Scottish Certificate of Education, 1962
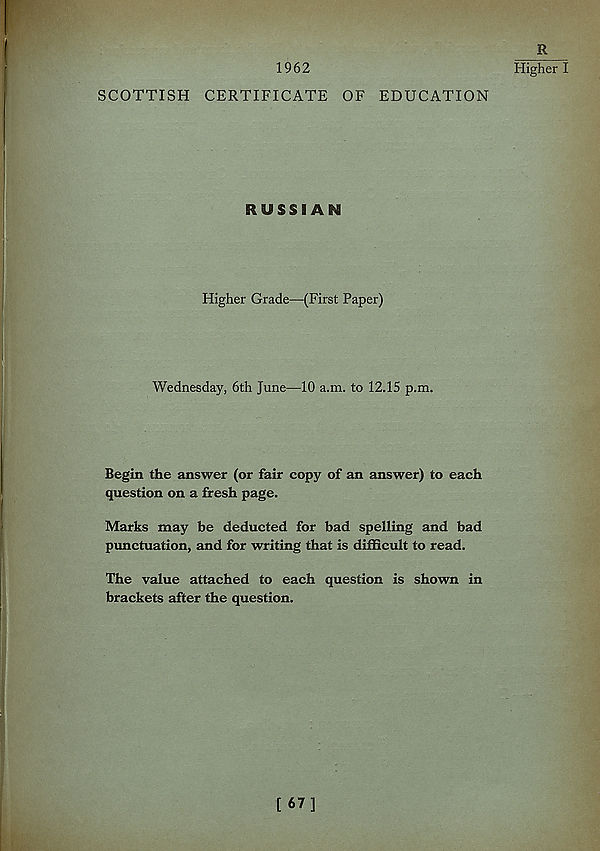
1962
SCOTTISH CERTIFICATE OF EDUCATION
RUSSIAN
Higher Grade—-(First Paper)
Wednesday, 6th June—10 a.m. to 12.15 p.m.
Begin the answer (or fair copy of an answer) to each
question on a fresh page.
Marks may be deducted for bad spelling and bad
punctuation, and for writing that is difficult to read.
The value attached to each question is shown in
brackets after the question.
R
Higher I
[67]